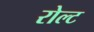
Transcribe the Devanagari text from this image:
रोल्ट